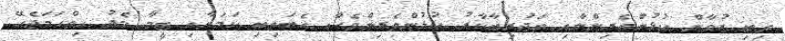
ތިބި ޒުވާން ކުޅުންތެރިންނާއި ތަޖުރިބާކާރު ކުޅުންތެރިންވެސް އެބަތިބި ކަމަށާއި ޓީމާ މެދު ހިތްހަމަޖެހޭ